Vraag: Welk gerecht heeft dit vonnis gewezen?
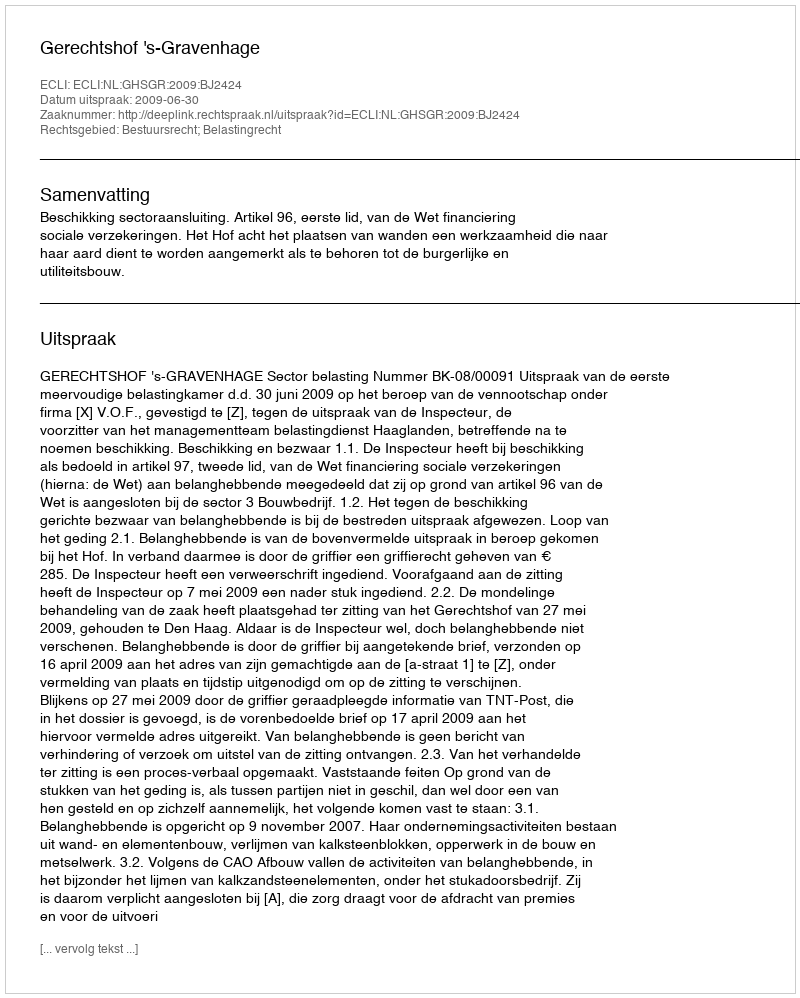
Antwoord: Gerechtshof 's-Gravenhage